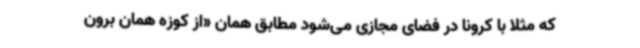
که مثلا با کرونا در فضای مجازی می‌شود مطابق همان «از کوزه همان برون